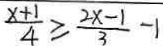
\frac { x + 1 } { 4 } \geq \frac { 2 x - 1 } { 3 } - 1